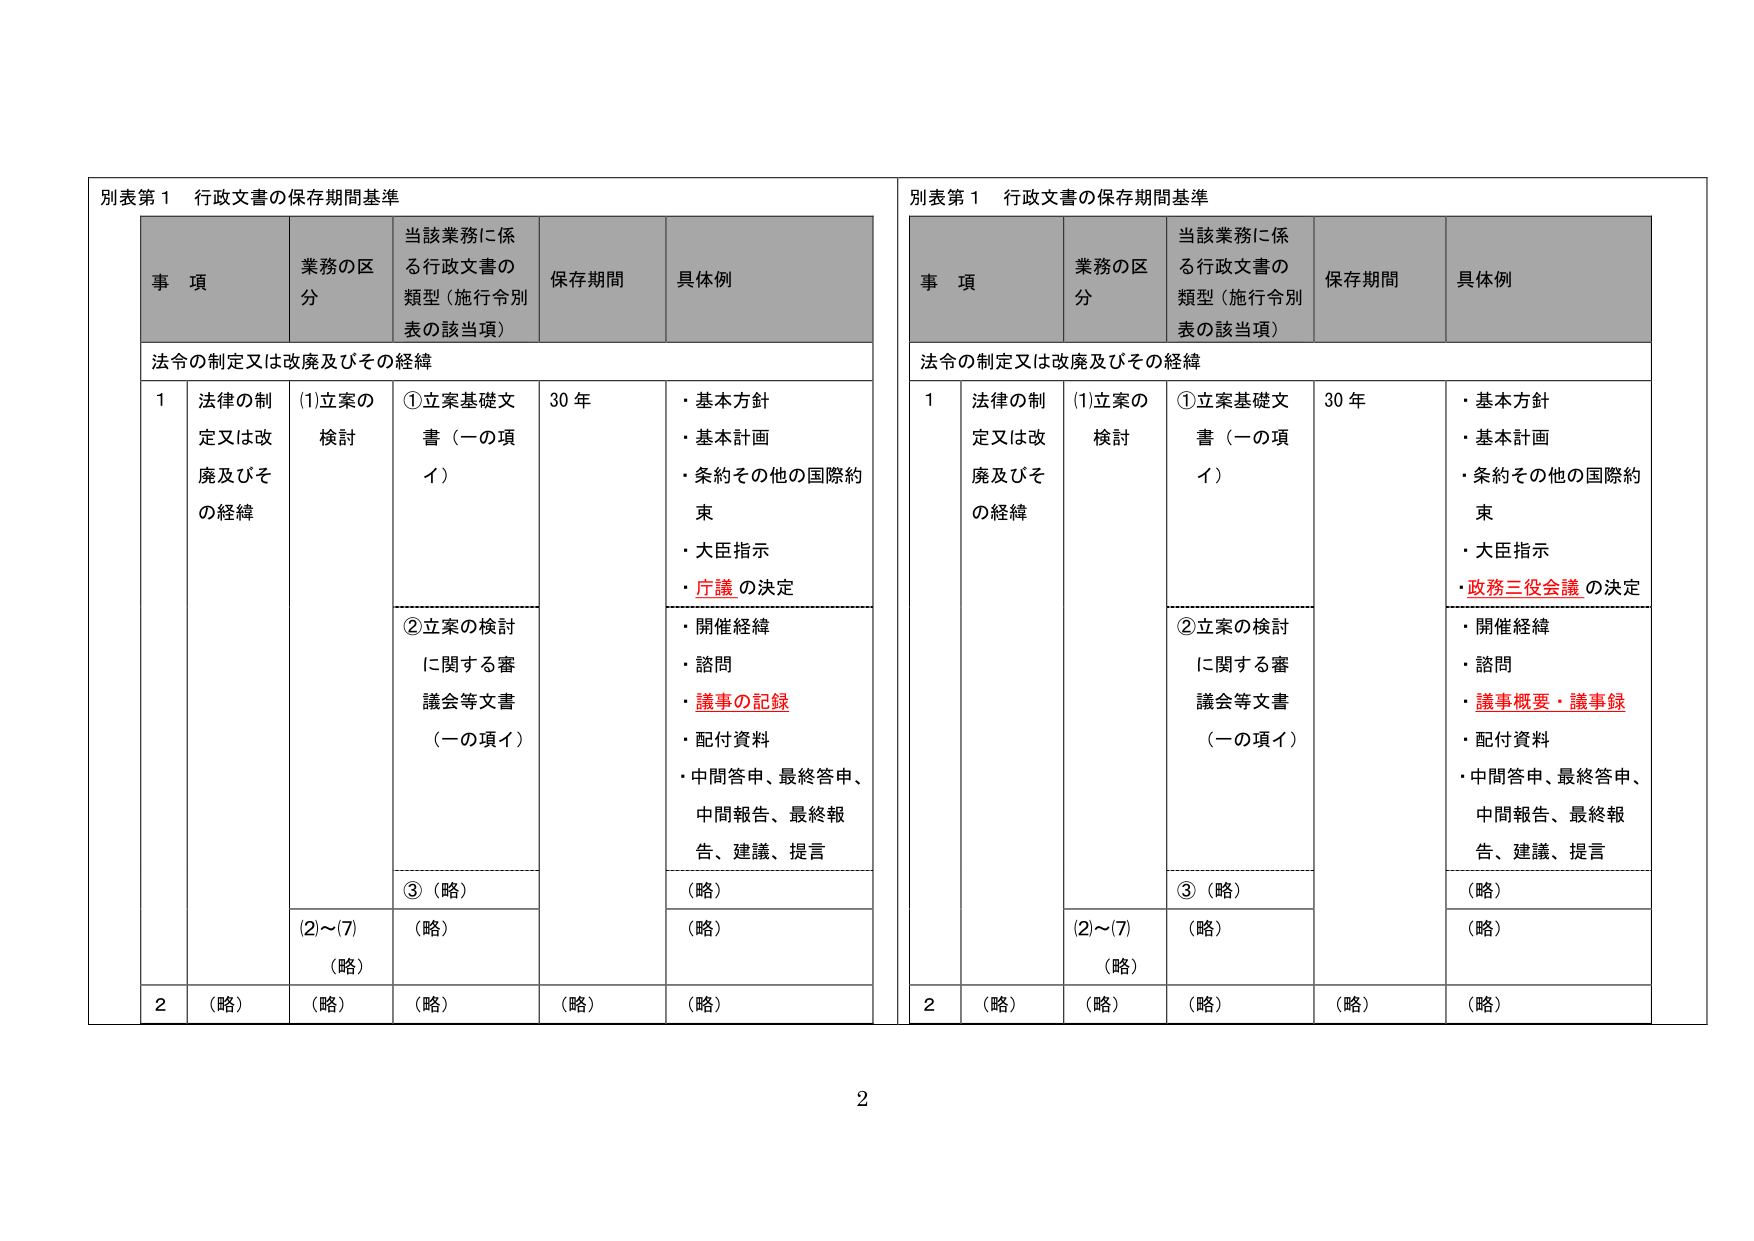
別表第１ 行政文書の保存期間基準

事 項 業務の区分 当該業務に係る行政文書の類型（施行令別表の該当項） 保存期間 具体例

法令の制定又は改廃及びその経緯

1 法律の制定又は改廃及びその経緯 (1)立案の検討 ①立案基礎文書（一の項イ） 30 年 ・基本方針 ・基本計画 ・条約その他の国際約束 ・大臣指示 ・庁議 の決定

②立案の検討に関する審議会等文書（一の項イ） ・開催経緯 ・諮問 ・議事の記録 ・配付資料 ・中間答申、最終答申、中間報告、最終報告、建議、提言

③（略） （略）

(2)～(7) （略） （略） （略）

2 （略） （略） （略） （略） （略）

別表第１ 行政文書の保存期間基準

事 項 業務の区分 当該業務に係る行政文書の類型（施行令別表の該当項） 保存期間 具体例

法令の制定又は改廃及びその経緯

1 法律の制定又は改廃及びその経緯 (1)立案の検討 ①立案基礎文書（一の項イ） 30 年 ・基本方針 ・基本計画 ・条約その他の国際約束 ・大臣指示 ・政務三役会議 の決定

②立案の検討に関する審議会等文書（一の項イ） ・開催経緯 ・諮問 ・議事概要・議事録 ・配付資料 ・中間答申、最終答申、中間報告、最終報告、建議、提言

③（略） （略）

(2)～(7) （略） （略） （略）

2 （略） （略） （略） （略） （略）

2